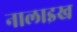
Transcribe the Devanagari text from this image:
नालाइख